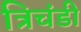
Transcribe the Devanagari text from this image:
त्रिचंडी